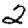
Digit: 2